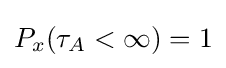
P_{x}(\tau _{A}<\infty )=1